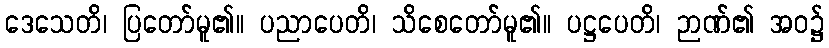
ဒေသေတိ၊ ပြတော်မူ၏။ ပညာပေတိ၊ သိစေတော်မူ၏။ ပဋ္ဌပေတိ၊ ဉာဏ်၏ အဝ၌